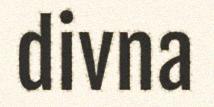
divna